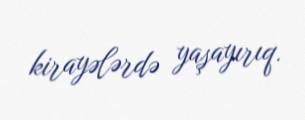
kirayələrdə yaşayırıq.